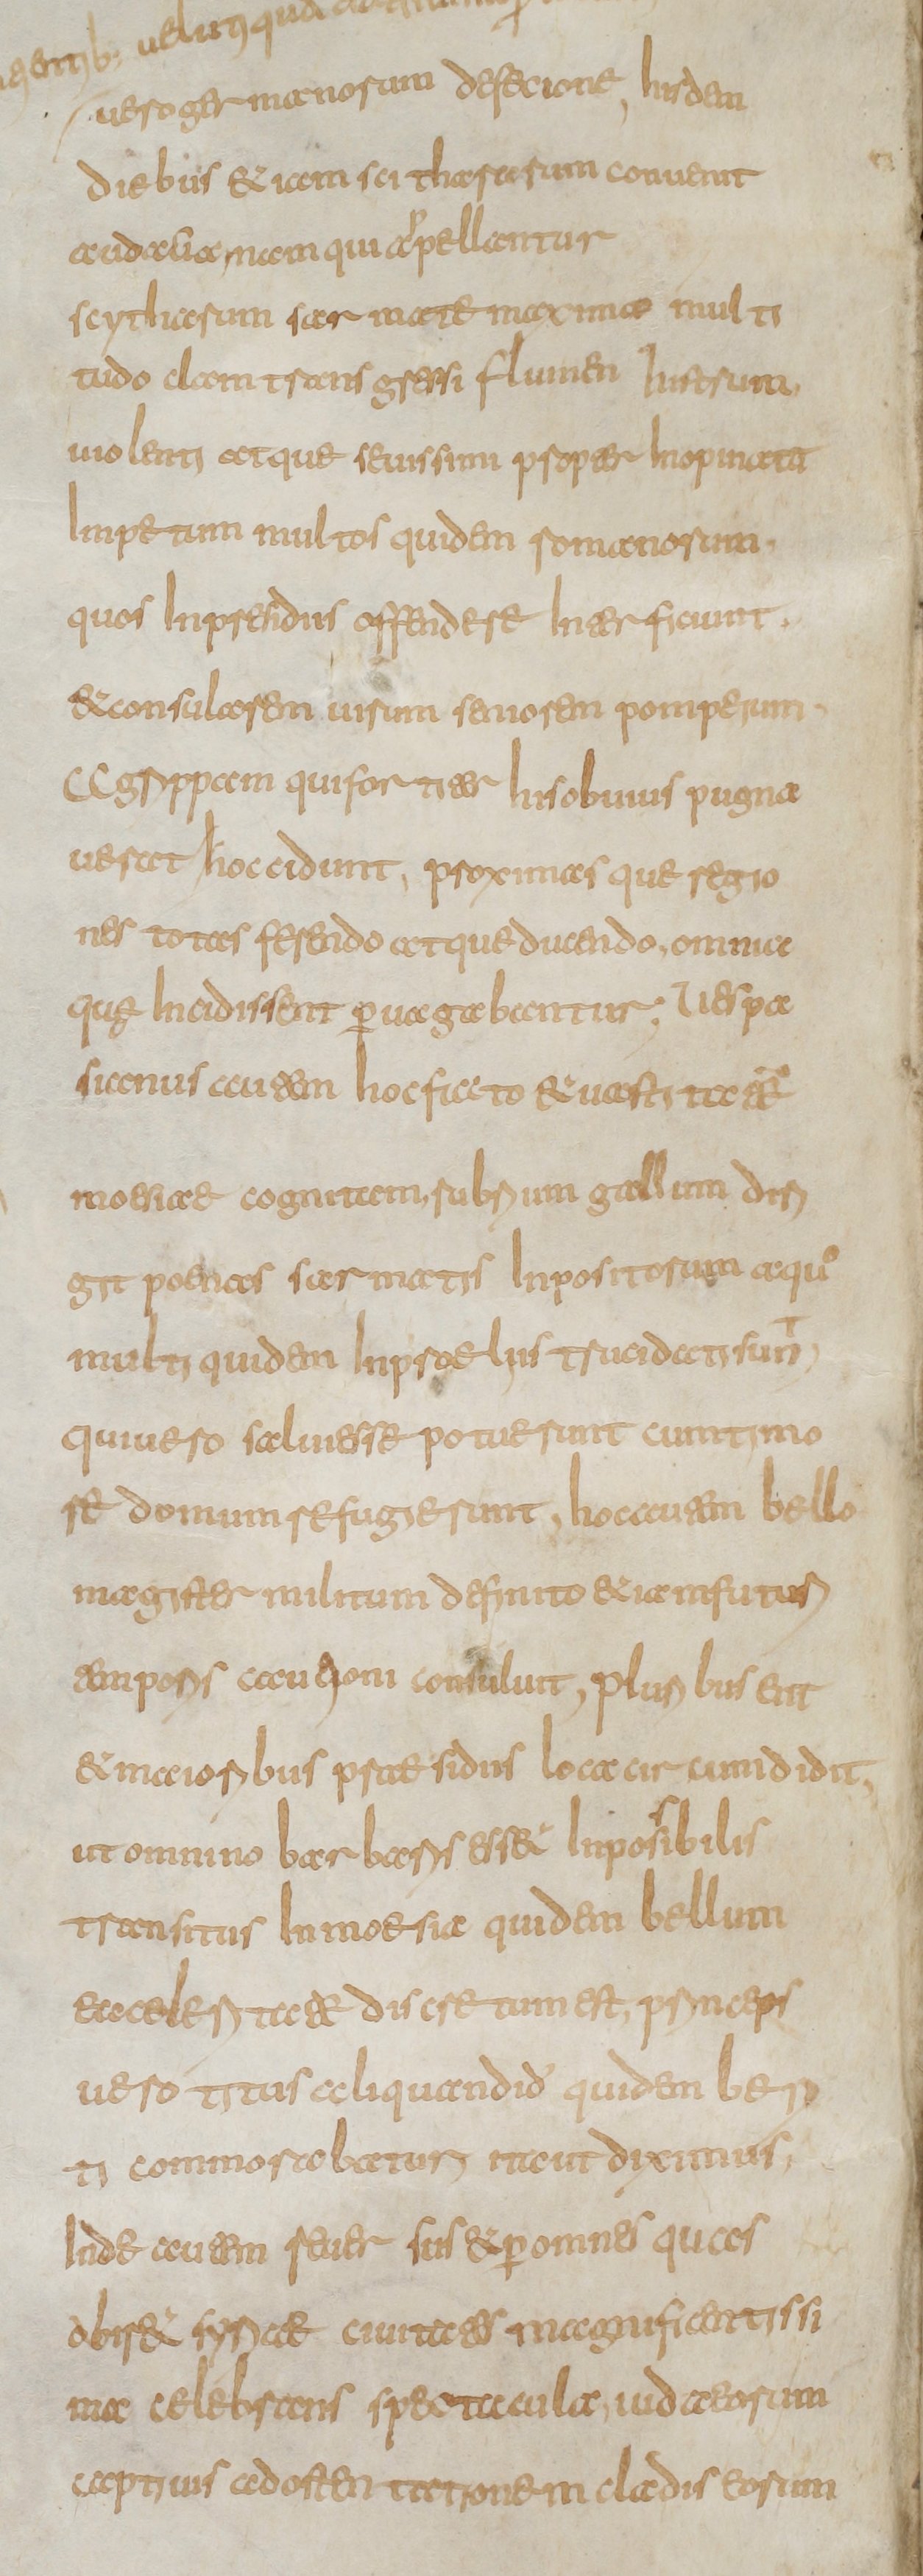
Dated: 800–849